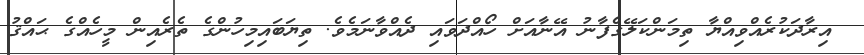
އިރާދަކުރެއްވިއްޔާ ތިމަންކަލޭގެފާނު އޭނާއަށް ހޯއްދަވައި ދެއްވާނަމެވެ. ތިޔަބައިމިހުންގެ ތެރެއިން މީހެއްގެ ޙައްޤު